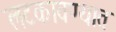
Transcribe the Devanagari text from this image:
लटकावण्यात